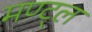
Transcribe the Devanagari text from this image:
मण्ट्ल